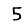
Digit: 5